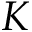
K